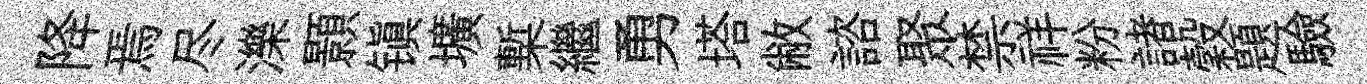
降焉尽濼顥镇壙槧繼勇塔敝諮聚禁祥粉諸穀題驗